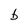
Character: b